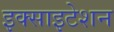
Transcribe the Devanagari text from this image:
इक्साइटेशन